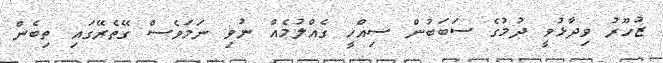
ޒުހޫރު ވިދާޅުވީ ދުމުގެ ސަބަބުން ސިއްހީ ގެއްލުމެއް ނުވި ނަމަވެސް ގޭތެރޭގައި ތިބެން